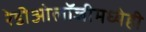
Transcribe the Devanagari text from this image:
रेडीओलॉजीमध्येही